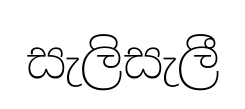
සැලිසැලී